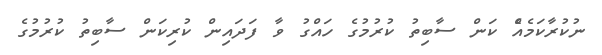
ނުކުރާކަމެއެް ކަން ސާބިތު ކުރުމުގެ ހައްގު ވާ ފަދައިން ކުރިކަން ސާބިތު ކުރުމުގެ